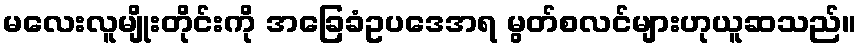
မလေးလူမျိုးတိုင်းကို အခြေခံဥပဒေအရ မွတ်စလင်များဟုယူဆသည်။